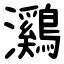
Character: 鸂